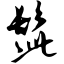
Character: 髭